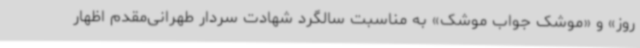
روز» و «موشک جواب موشک» به مناسبت سالگرد شهادت سردار طهرانی‌مقدم اظهار